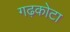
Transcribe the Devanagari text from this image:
गढ़कोटा